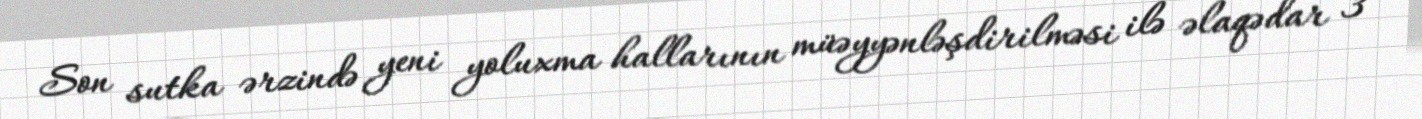
Son sutka ərzində yeni yoluxma hallarının müəyyənləşdirilməsi ilə əlaqədar 3